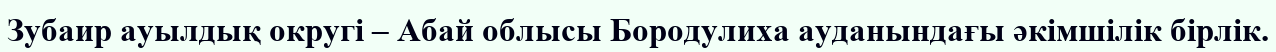
Зубаир ауылдық округі – Абай облысы Бородулиха ауданындағы әкімшілік бірлік.